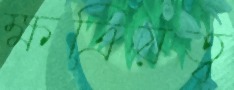
ক্ষত্রিয়ত্ব